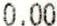
0.00